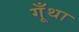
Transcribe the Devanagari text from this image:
गूँथा